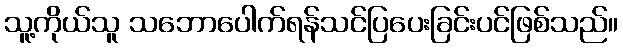
သူ့ကိုယ်သူ သဘောပေါက်ရန်သင်ပြပေးခြင်းပင်ဖြစ်သည်။